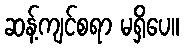
ဆန့်ကျင်စရာ မရှိပေ။